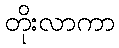
တိုးလာကာ